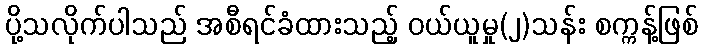
ပို့သလိုက်ပါသည် အစီရင်ခံထားသည့် ဝယ်ယူမှု(၂)သန်း စက္ကန့်ဖြစ်